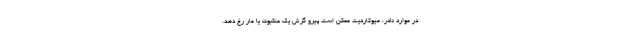
در موارد نادر، میوکاردیت ممکن است پیرو گزش یک عنکبوت یا مار رخ دهد.